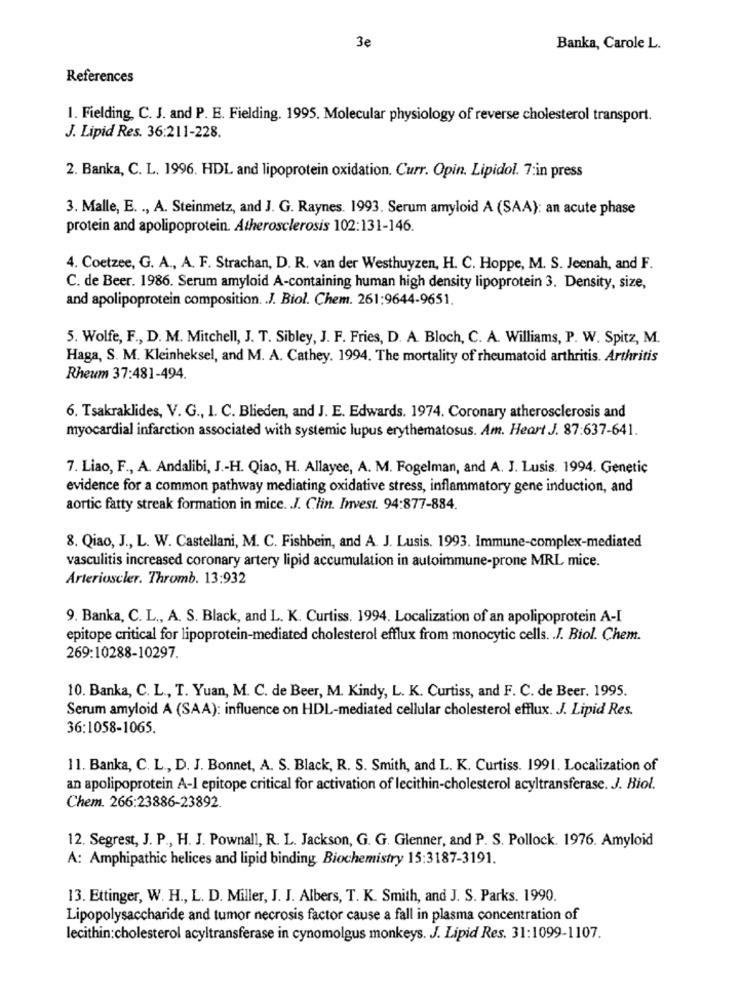
3e
Banka, Carole L.
References
1. Fielding, C. J. and P. E. Fielding. 1995. Molecular physiology of reverse cholesterol transport.
J. Lipid Res. 36:211-228.
2. Banka, C. L. 1996. HDL and lipoprotein oxidation. Curr. Opin. Lipidol. 7:in press
3. Malle, E. ., A. Steinmetz, and J. G. Raynes. 1993. Serum amyloid A (SAA): an acute phase
protein and apolipoprotein. Atherosclerosis 102:131-146.
4. Coetzee, G. A ., A. F. Strachan, D. R. van der Westhuyzen, H. C. Hoppe, M. S. Jeenah, and F.
C. de Beer. 1986. Serum amyloid A-containing human high density lipoprotein 3. Density, size,
and apolipoprotein composition. . J. Biol. Chem. 261:9644-9651.
5. Wolfe, F ., D. M. Mitchell, J. T. Sibley, J. F. Fries, D. A. Bloch, C. A. Williams, P. W. Spitz, M.
Haga, S. M. Kleinheksel, and M. A. Cathey. 1994. The mortality of rheumatoid arthritis. Arthritis
Rheum 37:481-494.
6. Tsakraklides, V. G ., I. C. Blieden, and J. E. Edwards. 1974. Coronary atherosclerosis and
myocardial infarction associated with systemic lupus erythematosus. Am. Heart J. 87:637-641.
7. Liao, F ., A. Andalibi, J .- H. Qiao, H. Allayee, A. M. Fogelman, and A. J. Lusis. 1994. Genetic
evidence for a common pathway mediating oxidative stress, inflammatory gene induction, and
aortic fatty streak formation in mice. J. Clin. Invest. 94:877-884.
8. Qiao, J ., L. W. Castellani, M. C. Fishbein, and A. J. Lusis. 1993. Immune-complex-mediated
vasculitis increased coronary artery lipid accumulation in autoimmune-prone MRL mice.
Arterioscler. Thromb. 13:932
9. Banka, C. L ., A. S. Black, and L. K. Curtiss. 1994. Localization of an apolipoprotein A-I
epitope critical for lipoprotein-mediated cholesterol efflux from monocytic cells. . J. Biol. Chem.
269:10288-10297.
10. Banka, C. L ., T. Yuan, M. C. de Beer, M. Kindy, L. K. Curtiss, and F. C. de Beer. 1995.
Serum amyloid A (SAA): influence on HDL-mediated cellular cholesterol efflux. J. Lipid Res.
36:1058-1065.
11. Banka, C. L ., D. J. Bonnet, A. S. Black, R. S. Smith, and L. K. Curtiss. 1991. Localization of
an apolipoprotein A-I epitope critical for activation of lecithin-cholesterol acyltransferase. J. Biol.
Chem. 266:23886-23892.
12. Segrest, J. P ., H. J. Pownall, R. L. Jackson, G. G. Glenner, and P. S. Pollock. 1976. Amyloid
A: Amphipathic helices and lipid binding Biochemistry 15:3187-3191.
13. Ettinger, W. H ., L. D. Miller, J. J. Albers, T. K. Smith, and J. S. Parks. 1990.
Lipopolysaccharide and tumor necrosis factor cause a fall in plasma concentration of
lecithin:cholesterol acyltransferase in cynomolgus monkeys. J. Lipid Res. 31:1099-1107.